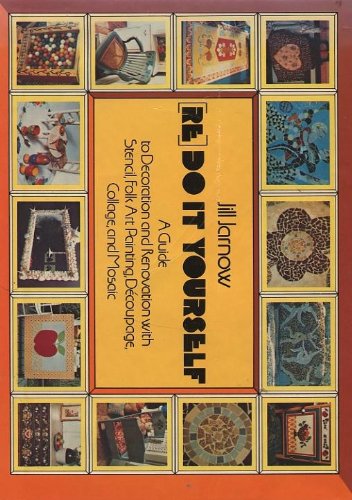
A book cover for ReDo It Yourself : A Guide to Decoration and Renovation with Stencil, Folk Art Painting, Decoupage, Collage and Mosaic; Jill Jarnow; Arts & Photography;